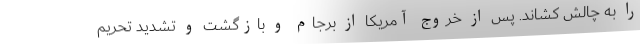
را به چالش کشاند. پس از خروج آمریکا از برجام و بازگشت و تشدید تحریم